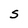
Character: S